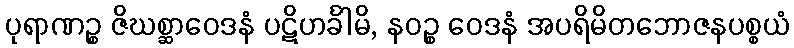
ပုရာဏဉ္စ ဇိဃစ္ဆာဝေဒနံ ပဋိဟင်္ခါမိ, နဝဉ္စ ဝေဒနံ အပရိမိတဘောဇနပစ္စယံ